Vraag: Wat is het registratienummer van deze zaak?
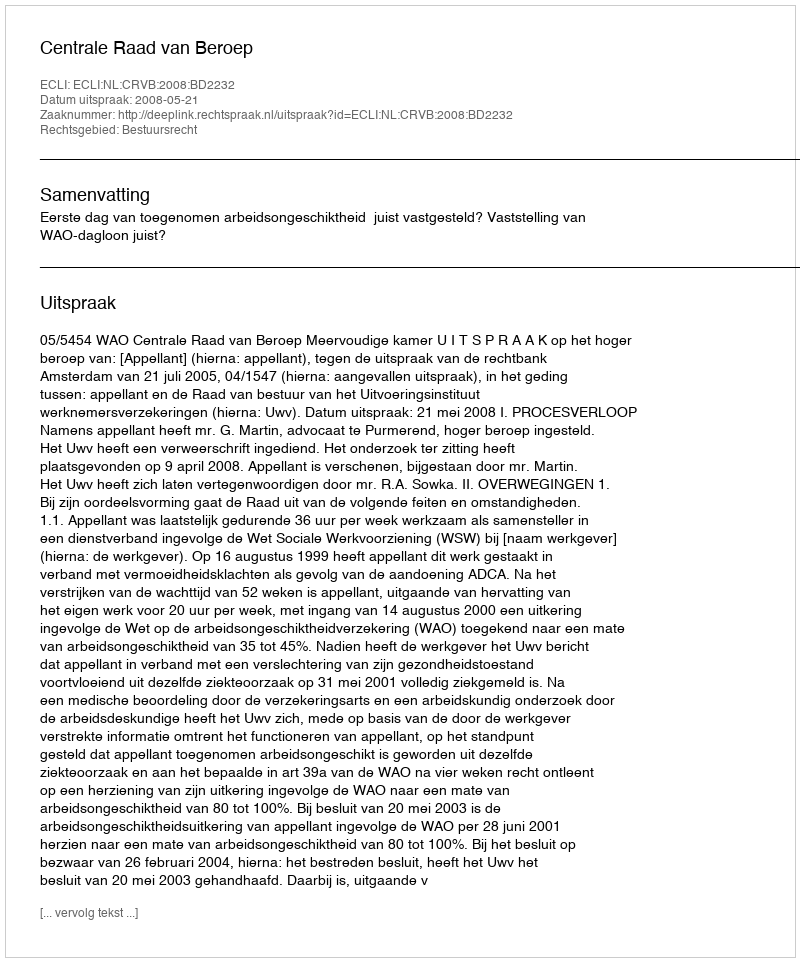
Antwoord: http://deeplink.rechtspraak.nl/uitspraak?id=ECLI:NL:CRVB:2008:BD2232